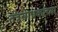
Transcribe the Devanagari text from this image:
तंत्रसाधकांच्या